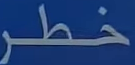
خطر